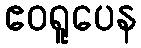
ဧဝရူပေန